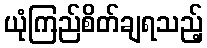
ယုံကြည်စိတ်ချရသည့်